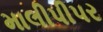
માલીપીપર